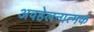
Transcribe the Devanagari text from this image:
अवहेलनात्मक